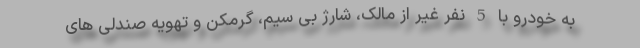
به خودرو با 5 نفر غیر از مالک، شارژ بی سیم، گرمکن و تهویه صندلی های